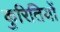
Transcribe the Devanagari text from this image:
कुरितियों